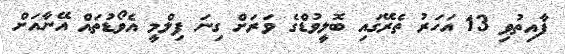
ފާއިތުވި 13 އަހަރު ތެރޭގައި ބޮލީވުޑްގެ ވަރަށް ގިނަ ފިލްމީ އެވޯޑުތައް އޭނާއަށް